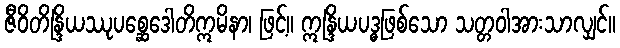
ဇီဝိတိန္ဒြိယဿုပစ္ဆေဒေါတိဣမိနာ၊ ဖြင့်။ ဣန္ဒြိယပဒ္ဓဖြစ်သော သတ္တဝါအားသာလျှင်။